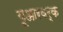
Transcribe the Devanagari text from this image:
यूआरवर्क